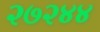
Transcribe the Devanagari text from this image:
२७२४४